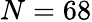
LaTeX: N=68